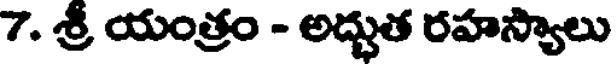
7. శ్రీ యంత్రం - అద్భుత రహస్యాలు